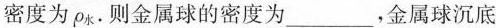
密度为\rho {水}则金属球的密度为_____，金属球沉底